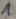
Text: 1